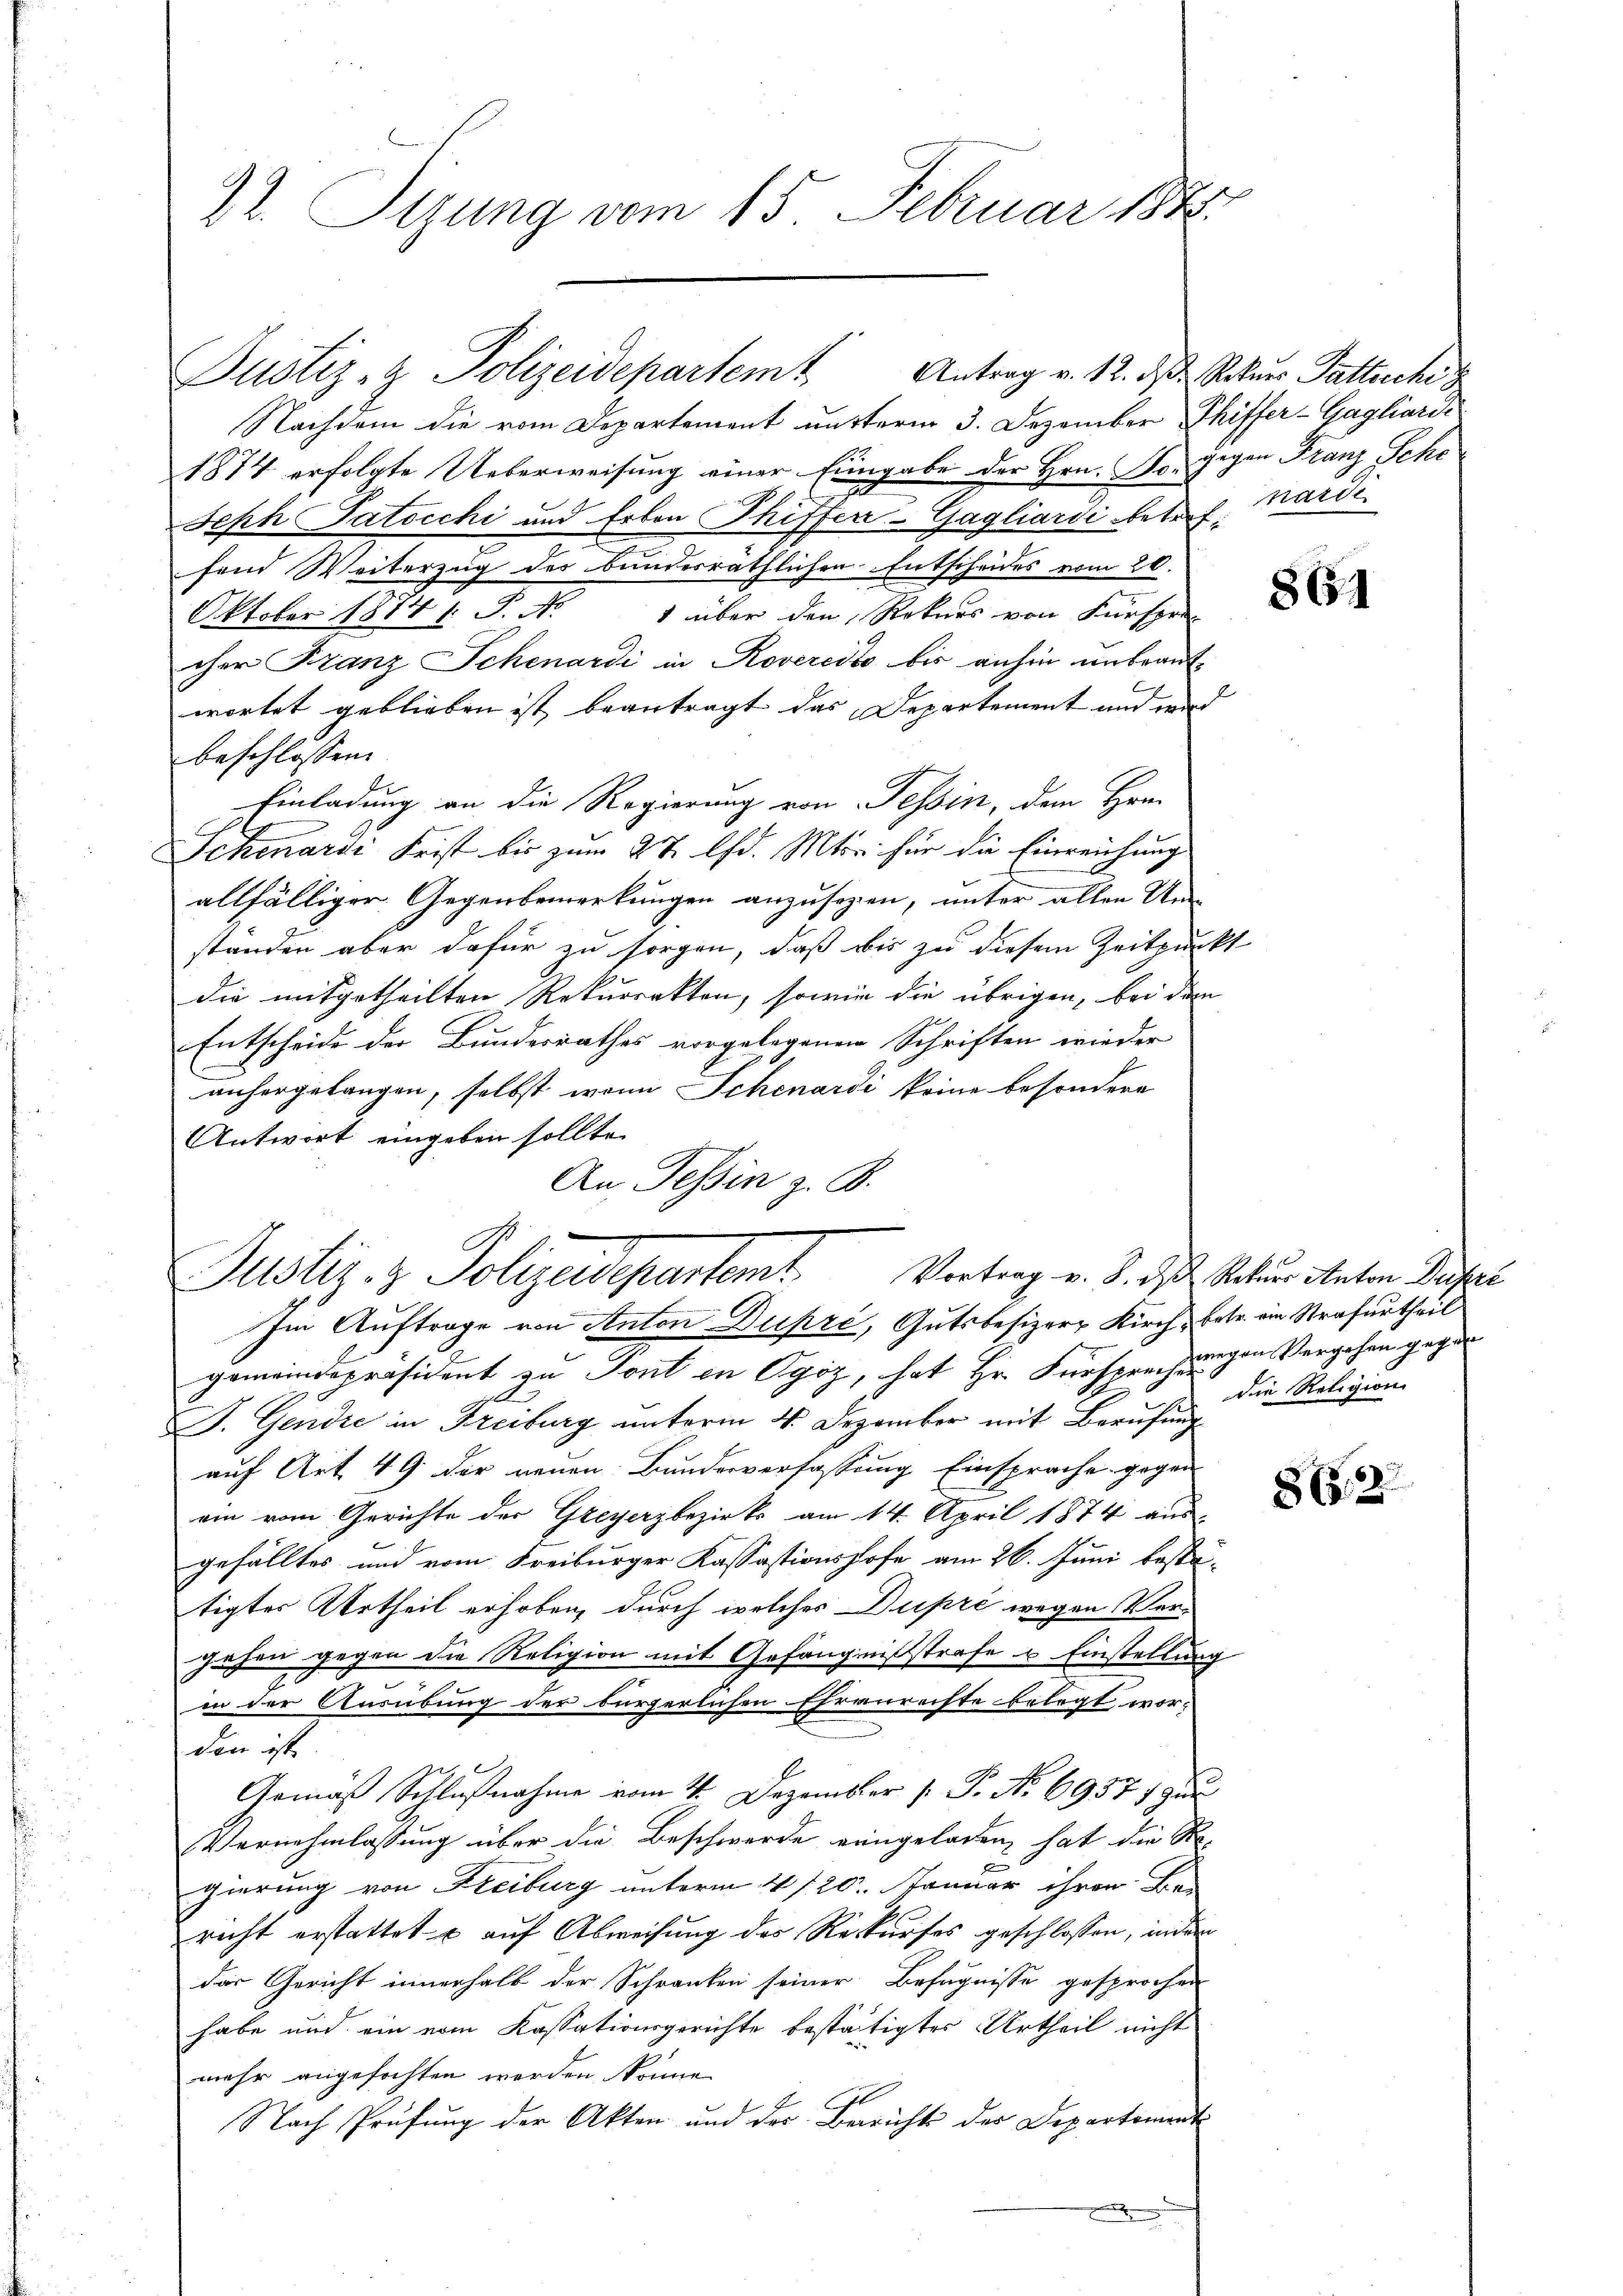
22. Sizung vom 15. Februar 1848

Nachdem die vom Departement unterm 3. Dezember Phiffer-Gagliardi
1874 erfolgte Ueberweisung einer Eingabe der Hrn. So gegen Franz Peko
Jeph Jatocchi und Erben Thiffer-Gagliardi betreffend Weiterzug des bunderräthlichen Entscheides vom 20.
Oktober 1874 /: P. Nr. 1 über den Rekurs von Fürspre-
cher Franz Schenardi in Rovereits bis anhin unbeantwortet geblieben ist beantragt das Departement und wird
beschlossen:
Einladung an die Regierung von Tessin, dem Hrn.
Schenardi Frist bis zum 27. Chr. Mts. für die Einreichung
allfälliger Gegenbemerkungen anzusezen, unter allen Um
standen aber dafür zu sorgen, daß bis zu diesem Zeitpunkt
die mitgetheilten Rekurrekten, sowie die übrigen, bei dem
Entscheide der Bundesrathes vorgelegenen Schriften wieder
anhergelangen, selbst wann Schenardi keine besondere
Antwort eingeben sollte.
An Tessin z. B.
Im Auftrage von Anton Dupré, Gutsbesizer Kirch, betr. ein Strafurtheil
gemeindepräsident zu Tout in Ogoz, hat Hr. Fürsprecherigen Vergehen gegen
F. Gendre in Freiburg unterm 4. Dezember mit Berufung
auf Art. 49 der neuen Bundesverfassung Einsprache gegen
ein vom Gerichte der Greyerzbezirks am 14. April 1874 aus-
gefälltes und vom Freiburger Kassastionshofe am 26. Juni besta-
tigter Urtheil erhoben, durch welches Dupri wegen Vergehen gegen die Religion mit Gefängnißstrafe u Einstellung
in der Ausübung der bürgerlichen Ehranrechte belegt wor-
den ist.
Gemäβ Schlußnahme vom 4. Dezember 1. P. Nr. 69371 zu
Vernehmlassung über die Beschwerde eingeladen, hat die Re-
gierung von Freiburg unterm 4 /20. Januar ihren Be-
richt erstattet u auf Abweisung des Rekurses geschlossen, indem
das Gericht innerhalb der Schranken seiner Befugnisse gesprochen
habe und ein vom Kassationsgerichte bestätigtes Urtheil nicht
mehr angefochten werden könne.
Nach Prüfung der Akten und der Bericht des Departement
e

Justiz- & Polizeidepartem Antrag v. 12. ds. Rekurs Pattreche

Justiz- & Polizeidepartemt. Vortrag v. J. das Statur inten Pustel

nardi.

861

die Religion

86. 2